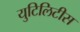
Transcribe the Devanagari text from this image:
युटिलिटीस